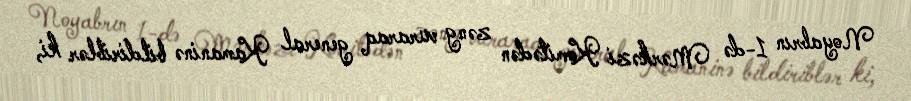
Noyabrın 1-də Mərkəzi Komitədən zəng vuraraq general Kamaninə bildiriblər ki,